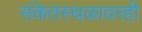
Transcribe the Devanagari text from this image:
संकेतस्थळावरही